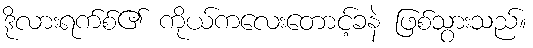
ဒိုလားရက်စ်၏ ကိုယ်ကလေးတောင့်ခနဲ ဖြစ်သွားသည်။